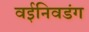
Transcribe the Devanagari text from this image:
वईनिवडंग